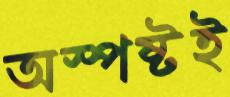
অস্পষ্টই